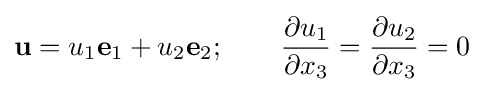
\mathbf {u} =u_{1}\mathbf {e} _{1}+u_{2}\mathbf {e} _{2};\qquad {\frac {\partial u_{1}}{\partial x_{3}}}={\frac {\partial u_{2}}{\partial x_{3}}}=0